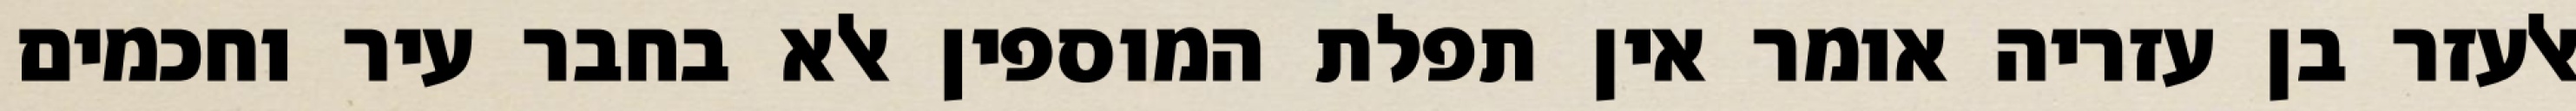
אלעזר בן עזריה אומר אין תפלת המוספין אלא בחבר עיר וחכמים